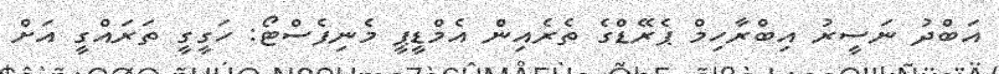
އަބްދު ނަސީރު އިބްރާހިމް ޕެރޭޑްގެ ތެރެއިން އެމްޑީޕީ މެނިފެސްޓޯ: ހަގީގީ ތަރައްގީ އަށް